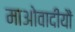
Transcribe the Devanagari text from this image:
माओवादीयौं